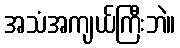
အသံအကျယ်ကြီးဘဲ။